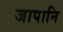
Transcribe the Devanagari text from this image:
जापानि